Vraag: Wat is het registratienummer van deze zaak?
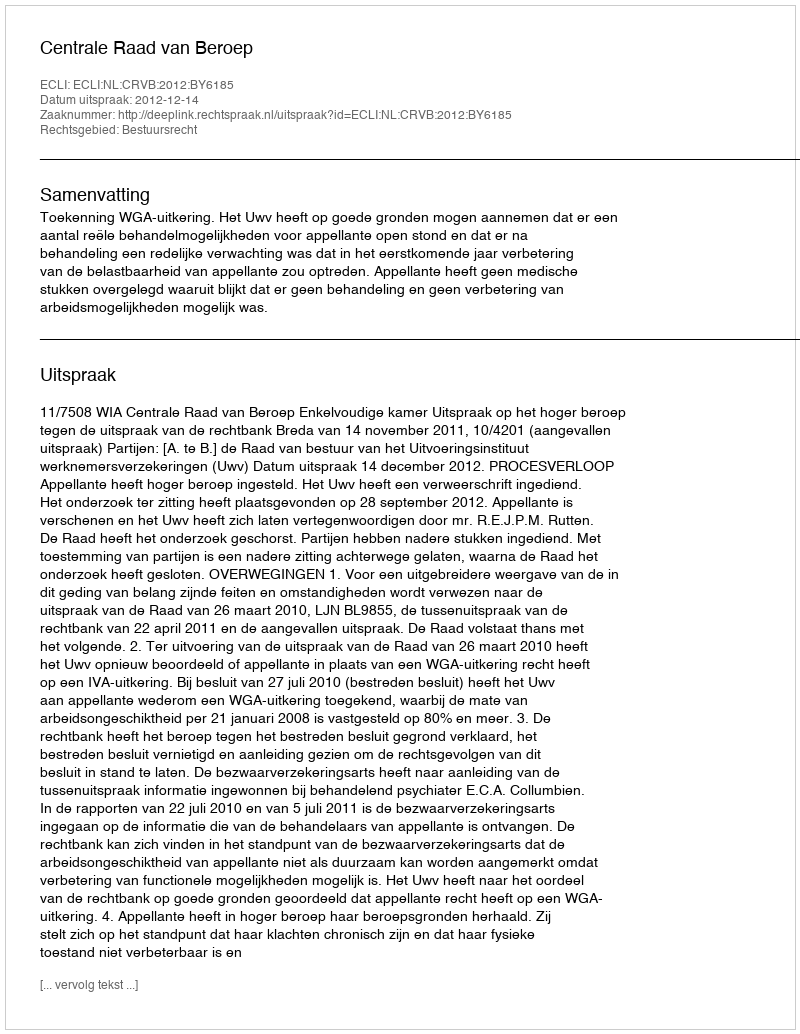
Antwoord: http://deeplink.rechtspraak.nl/uitspraak?id=ECLI:NL:CRVB:2012:BY6185